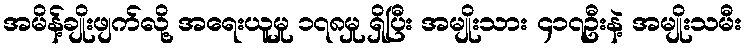
အမိန့်ချိုးဖျက်လို့ အရေးယူမှု ၁၇၈မှု ရှိပြီး အမျိုးသား ၄၁၇ဦးနဲ့ အမျိုးသမီး